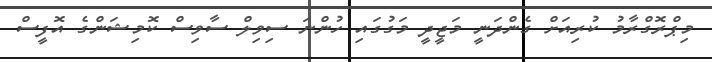
މިޕްރޮގްރާމު ކުރިއަށް ގެންދަނީ މަޖީދީ މަގުގައި ހުންނަ ސިވިލް ސާވިސް ކޮމިޝަންގެ އޮފީސް